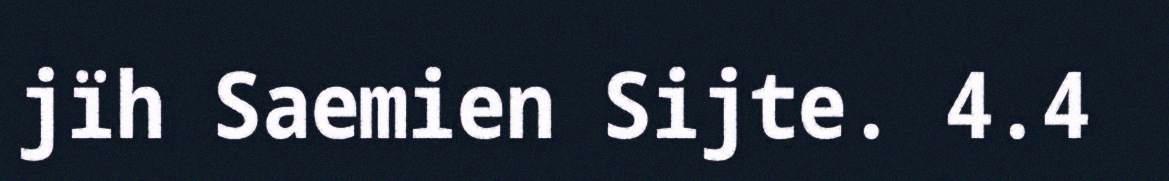
jïh Saemien Sijte. 4.4